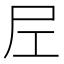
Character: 𡰱